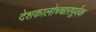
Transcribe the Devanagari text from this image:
देशकालोच्चारपूर्वक